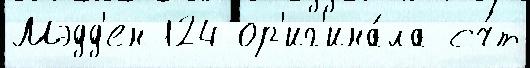
Мэдд'ен 124 ор'иг'ина́ла сч́т